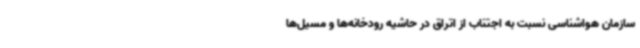
سازمان هواشناسی نسبت به اجتناب از اتراق در حاشیه رودخانه‌ها و مسیل‌ها